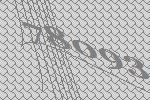
78093